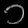
Digit: ၁